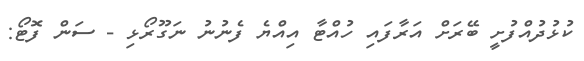
ކުޅުދުއްފުށީ ބޭރަށް އަރާފައި ހުއްޓާ އިއްޔެ ފެނުނު ނަގޫރޯޅި - ސަން ފޮޓޯ: